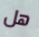
هل